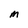
Character: M